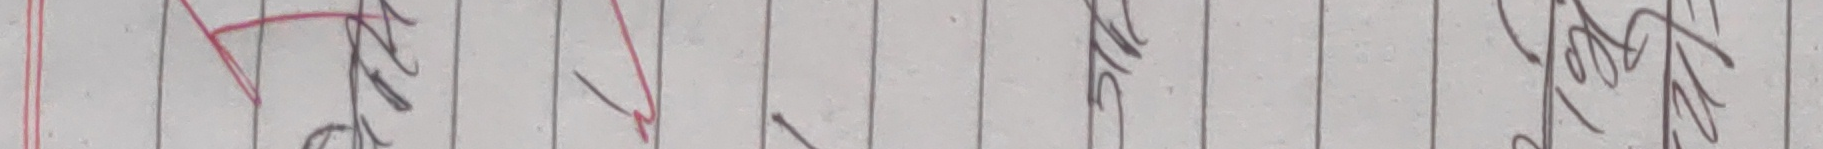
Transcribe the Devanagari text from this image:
हेर्दाहेर्दैमा